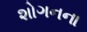
શોગનના